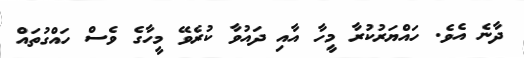
ދާނެ އެވެ. ހައްޔަރުކުރާ މީހާ އާއި ދައުވާ ކުރެވޭ މީހާގެ ވެސް ހައްގުތައް